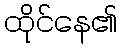
ထိုင်နေ၏